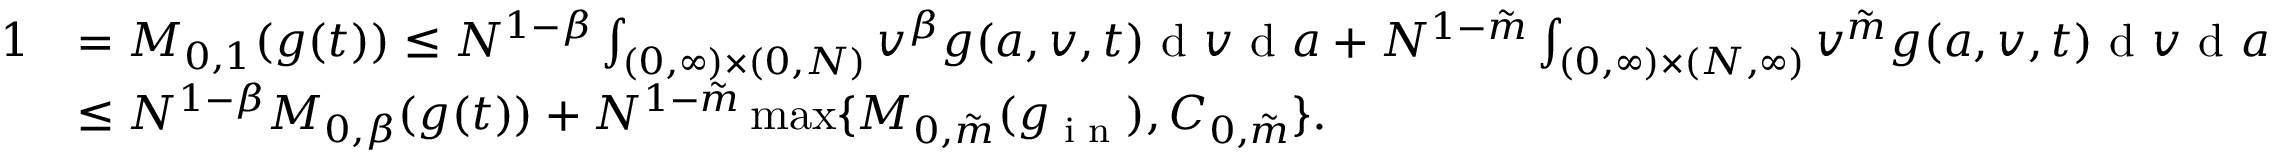
\begin{array} { r l } { 1 } & { = M _ { 0 , 1 } ( g ( t ) ) \leq N ^ { 1 - \beta } \int _ { ( 0 , \infty ) \times ( 0 , N ) } v ^ { \beta } g ( a , v , t ) \textup { d } v \textup { d } a + N ^ { 1 - \tilde { m } } \int _ { ( 0 , \infty ) \times ( N , \infty ) } v ^ { \tilde { m } } g ( a , v , t ) \textup { d } v \textup { d } a } \\ & { \leq N ^ { 1 - \beta } M _ { 0 , \beta } ( g ( t ) ) + N ^ { 1 - \tilde { m } } \operatorname* { m a x } \{ M _ { 0 , \tilde { m } } ( g _ { \textup { i n } } ) , C _ { 0 , \tilde { m } } \} . } \end{array}